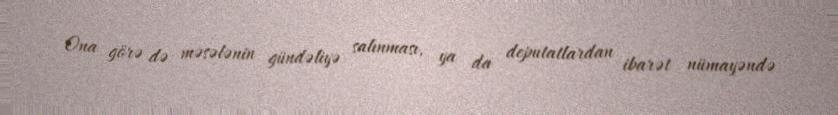
Ona görə də məsələnin gündəliyə salınması, ya da deputatlardan ibarət nümayəndə